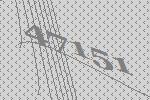
47151